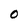
Character: 0